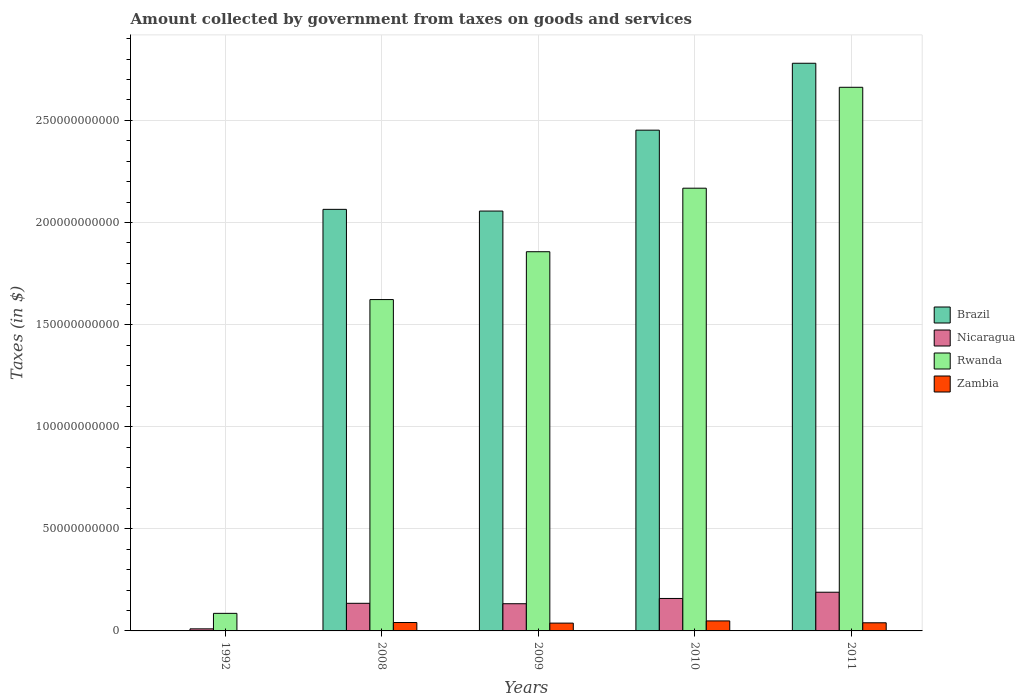
| Years | Brazil | Nicaragua | Rwanda | Zambia |
 | --- | --- | --- | --- | --- |
 | 1992 | 2.66e+07 | 1.01e+09 | 8.6e+09 | 4.36e+07 |
 | 2008 | 2.06e+11 | 1.35e+10 | 1.62e+11 | 4.11e+09 |
 | 2009 | 2.06e+11 | 1.33e+10 | 1.86e+11 | 3.82e+09 |
 | 2010 | 2.45e+11 | 1.59e+10 | 2.17e+11 | 4.9e+09 |
 | 2011 | 2.78e+11 | 1.89e+10 | 2.66e+11 | 3.98e+09 |